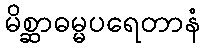
မိစ္ဆာဓမ္မပရေတာနံ